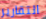
التقارير